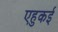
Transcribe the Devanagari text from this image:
एहुकई